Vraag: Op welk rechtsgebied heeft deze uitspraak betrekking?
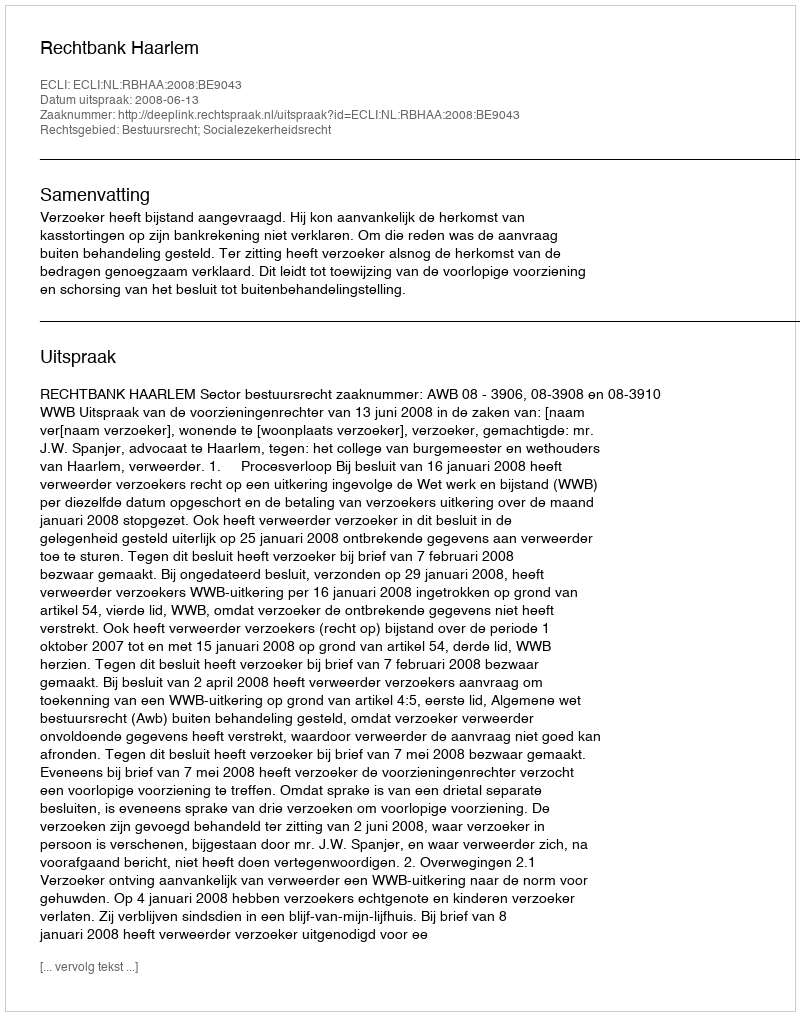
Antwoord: Bestuursrecht; Socialezekerheidsrecht